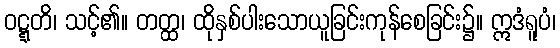
ဝဋ္ဋတိ၊ သင့်၏။ တတ္ထ၊ ထိုနှစ်ပါးသောယူခြင်းကုန်စေခြင်း၌။ ဣဒံရူပံ၊